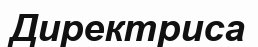
Директриса